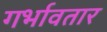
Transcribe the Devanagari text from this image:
गर्भावतार